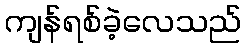
ကျန်ရစ်ခဲ့လေသည်